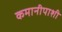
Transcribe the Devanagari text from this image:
कमानीपाशी